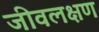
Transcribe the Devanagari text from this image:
जीवलक्षण